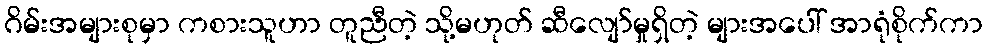
ဂိမ်းအများစုမှာ ကစားသူဟာ တူညီတဲ့ သို့မဟုတ် ဆီလျော်မှုရှိတဲ့ များအပေါ် အာရုံစိုက်ကာ